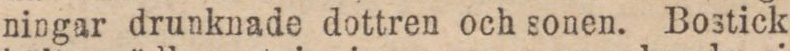
ningar drunknade dottren och sonen. Bostick